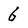
Character: G